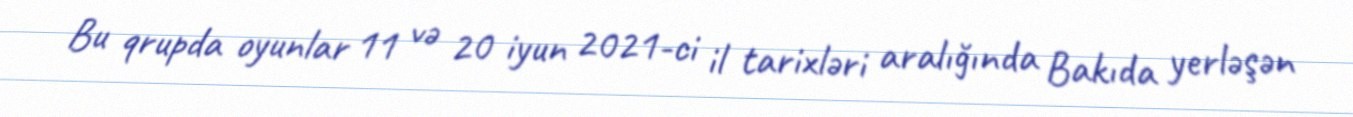
Bu qrupda oyunlar 11 və 20 iyun 2021-ci il tarixləri aralığında Bakıda yerləşən